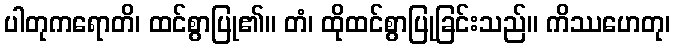
ပါတုကရောတိ၊ ထင်စွာပြု၏။ တံ၊ ထိုထင်စွာပြုခြင်းသည်။ ကိဿဟေတု၊